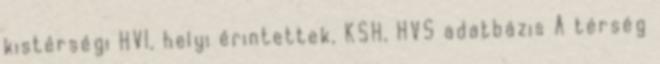
kistérségi HVI, helyi érintettek, KSH, HVS adatbázis A térség